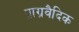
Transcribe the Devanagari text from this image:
प्राग्रवैदिक